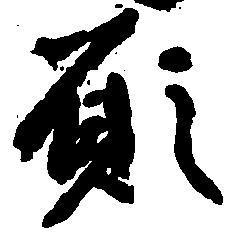
願